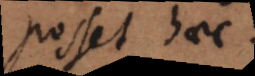
posset haec